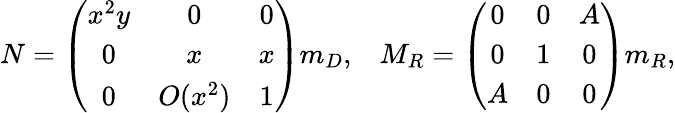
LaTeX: N=\left(\begin{array}{ccc}{{x^{2}y}}&{{0}}&{{0}}\\ {{0}}&{{x}}&{{x}}\\ {{0}}&{{O(x^{2})}}&{{1}}\end{array}\right)m_{D},\; \; \; M_{R}=\left(\begin{array}{ccc}{{0}}&{{0}}&{{A}}\\ {{0}}&{{1}}&{{0}}\\ {{A}}&{{0}}&{{0}}\end{array}\right)m_{R},